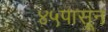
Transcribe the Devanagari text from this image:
४५पासून